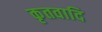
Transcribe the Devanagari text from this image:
कृतवादि